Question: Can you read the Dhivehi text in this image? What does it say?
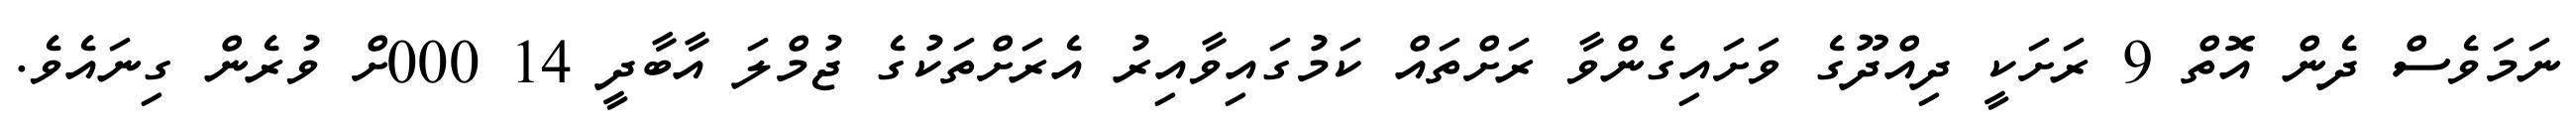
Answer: ނަމަވެސް ދެން އޮތް 9 ރަށަކީ ދިއްދޫގެ ވަށައިގެންވާ ރަށްތައް ކަމުގައިވާއިރު އެރަށްތަކުގެ ޖުމްލަ އާބާދީ 14 000ށް ވުރެން ގިނައެވެ.